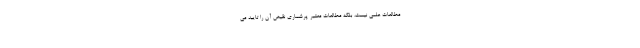
مطالعات علمی نیست، بلکه مطالعات معتبر پرشماری نقیض آن را تایید می